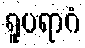
ရူပရာဂံ